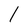
Character: 1